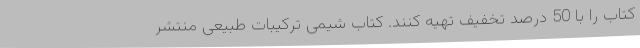
کتاب را با 50 درصد تخفیف تهیه کنند. کتاب شیمی ترکیبات طبیعی منتشر